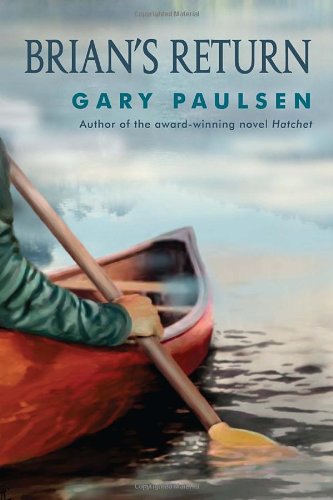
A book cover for Brian's Return; Gary Paulsen; Children's Books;